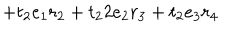
LaTeX: + t _ { 2 } e _ { 1 } r _ { 2 } + t _ { 2 } 2 e _ { 2 } r _ { 3 } + t _ { 2 } e _ { 3 } r _ { 4 }